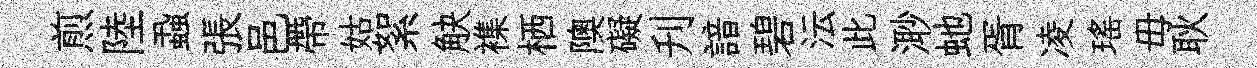
煎陸蝨張邑帶姑絮觖襍栖隩礙刋諳碧沄此𣺌虵胥凌瑶毋耿